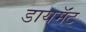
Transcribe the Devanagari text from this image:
डायमॅंट